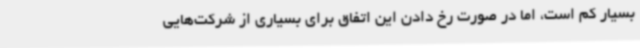
بسیار کم است، اما در صورت رخ دادن این اتفاق برای بسیاری از شرکت‌هایی